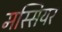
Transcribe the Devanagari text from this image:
मस्सियर